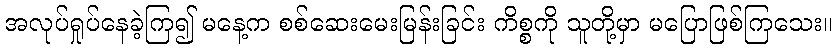
အလုပ်ရှုပ်နေခဲ့ကြ၍ မနေ့က စစ်ဆေးမေးမြန်းခြင်း ကိစ္စကို သူတို့မှာ မပြောဖြစ်ကြသေး။